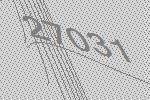
27031